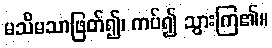
မသိမသာဖြတ်၍၊ ကပ်၍ သွားကြ၏။